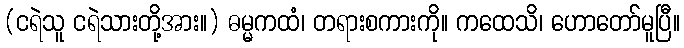
(ငရဲသူ ငရဲသားတို့အား။) ဓမ္မကထံ၊ တရားစကားကို။ ကထေသိ၊ ဟောတော်မူပြီ။